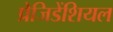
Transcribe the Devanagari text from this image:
प्रेजिडेंशियल